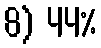
8) 44%